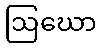
ဩဃော